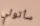
سأتولي